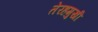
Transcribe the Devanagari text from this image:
तेरहमुखी